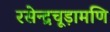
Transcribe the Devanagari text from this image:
रसेन्द्रचूड़ामणि